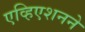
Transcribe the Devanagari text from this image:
एव्हिएशनने